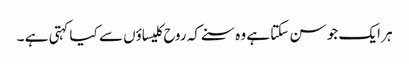
ہر ایک جو سن سکتا ہے وہ سنے کہ روح کلیساؤں سے کیا کہتی ہے ۔